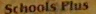
Schools Plus